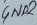
Text: GND2